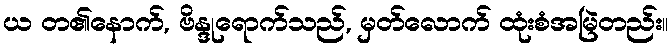
ယ တ၏နောက်, ဗိန္ဒုရောက်သည်, မှတ်လောက် ထုံးစံအမြဲတည်း။